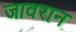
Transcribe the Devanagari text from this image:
जावरान